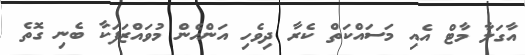
އާގަލާ މާޓް އެއި މަސައްކަތް ކެރާ ދިވެހި އަންހެން މުވައްޒަފަކާ ބެނި ގޮތެ